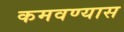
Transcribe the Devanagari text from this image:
कमवण्यास